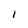
Character: I